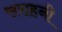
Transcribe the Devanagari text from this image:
सराहनी